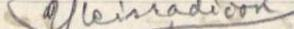
\Yleisradion/